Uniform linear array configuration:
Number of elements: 32
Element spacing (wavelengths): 1
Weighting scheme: kaiser
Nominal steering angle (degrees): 30
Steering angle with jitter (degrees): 31.496
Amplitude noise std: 0.05
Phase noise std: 0.05

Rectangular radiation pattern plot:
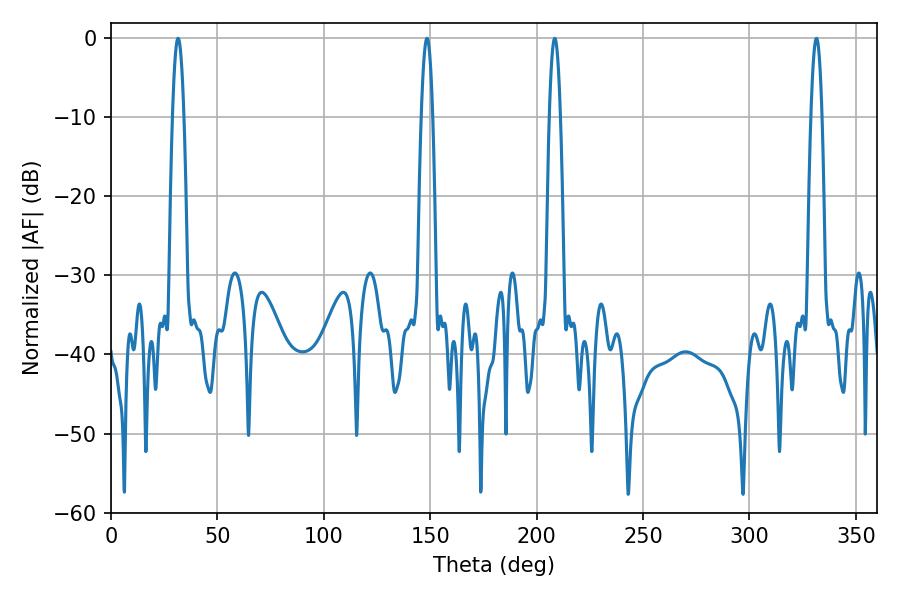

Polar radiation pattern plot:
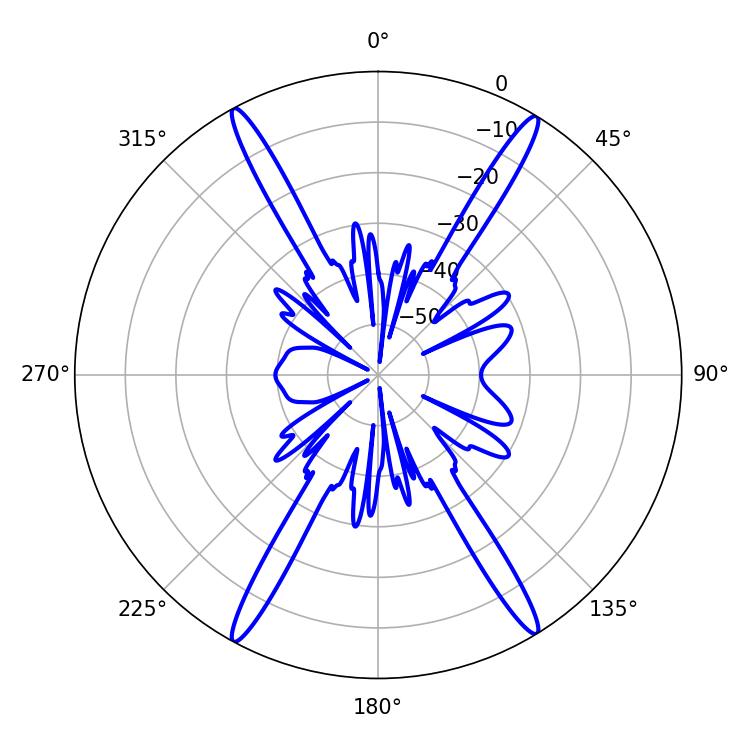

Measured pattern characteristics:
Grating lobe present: TRUE
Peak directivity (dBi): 24.521
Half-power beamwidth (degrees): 2.88
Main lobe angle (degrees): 31.5